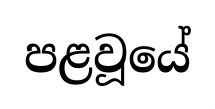
පළවූයේ